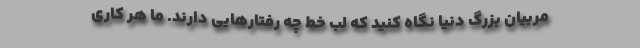
مربیان بزرگ دنیا نگاه کنید که لب خط چه رفتارهایی دارند. ما هر کاری